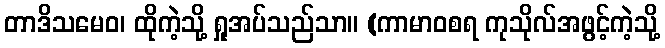
တာဒိသမေဝ၊ ထိုကဲ့သို့ ရှုအပ်သည်သာ။ (ကာမာဝစရ ကုသိုလ်အဖွင့်ကဲ့သို့